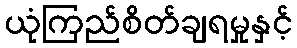
ယုံကြည်စိတ်ချရမှုနှင့်